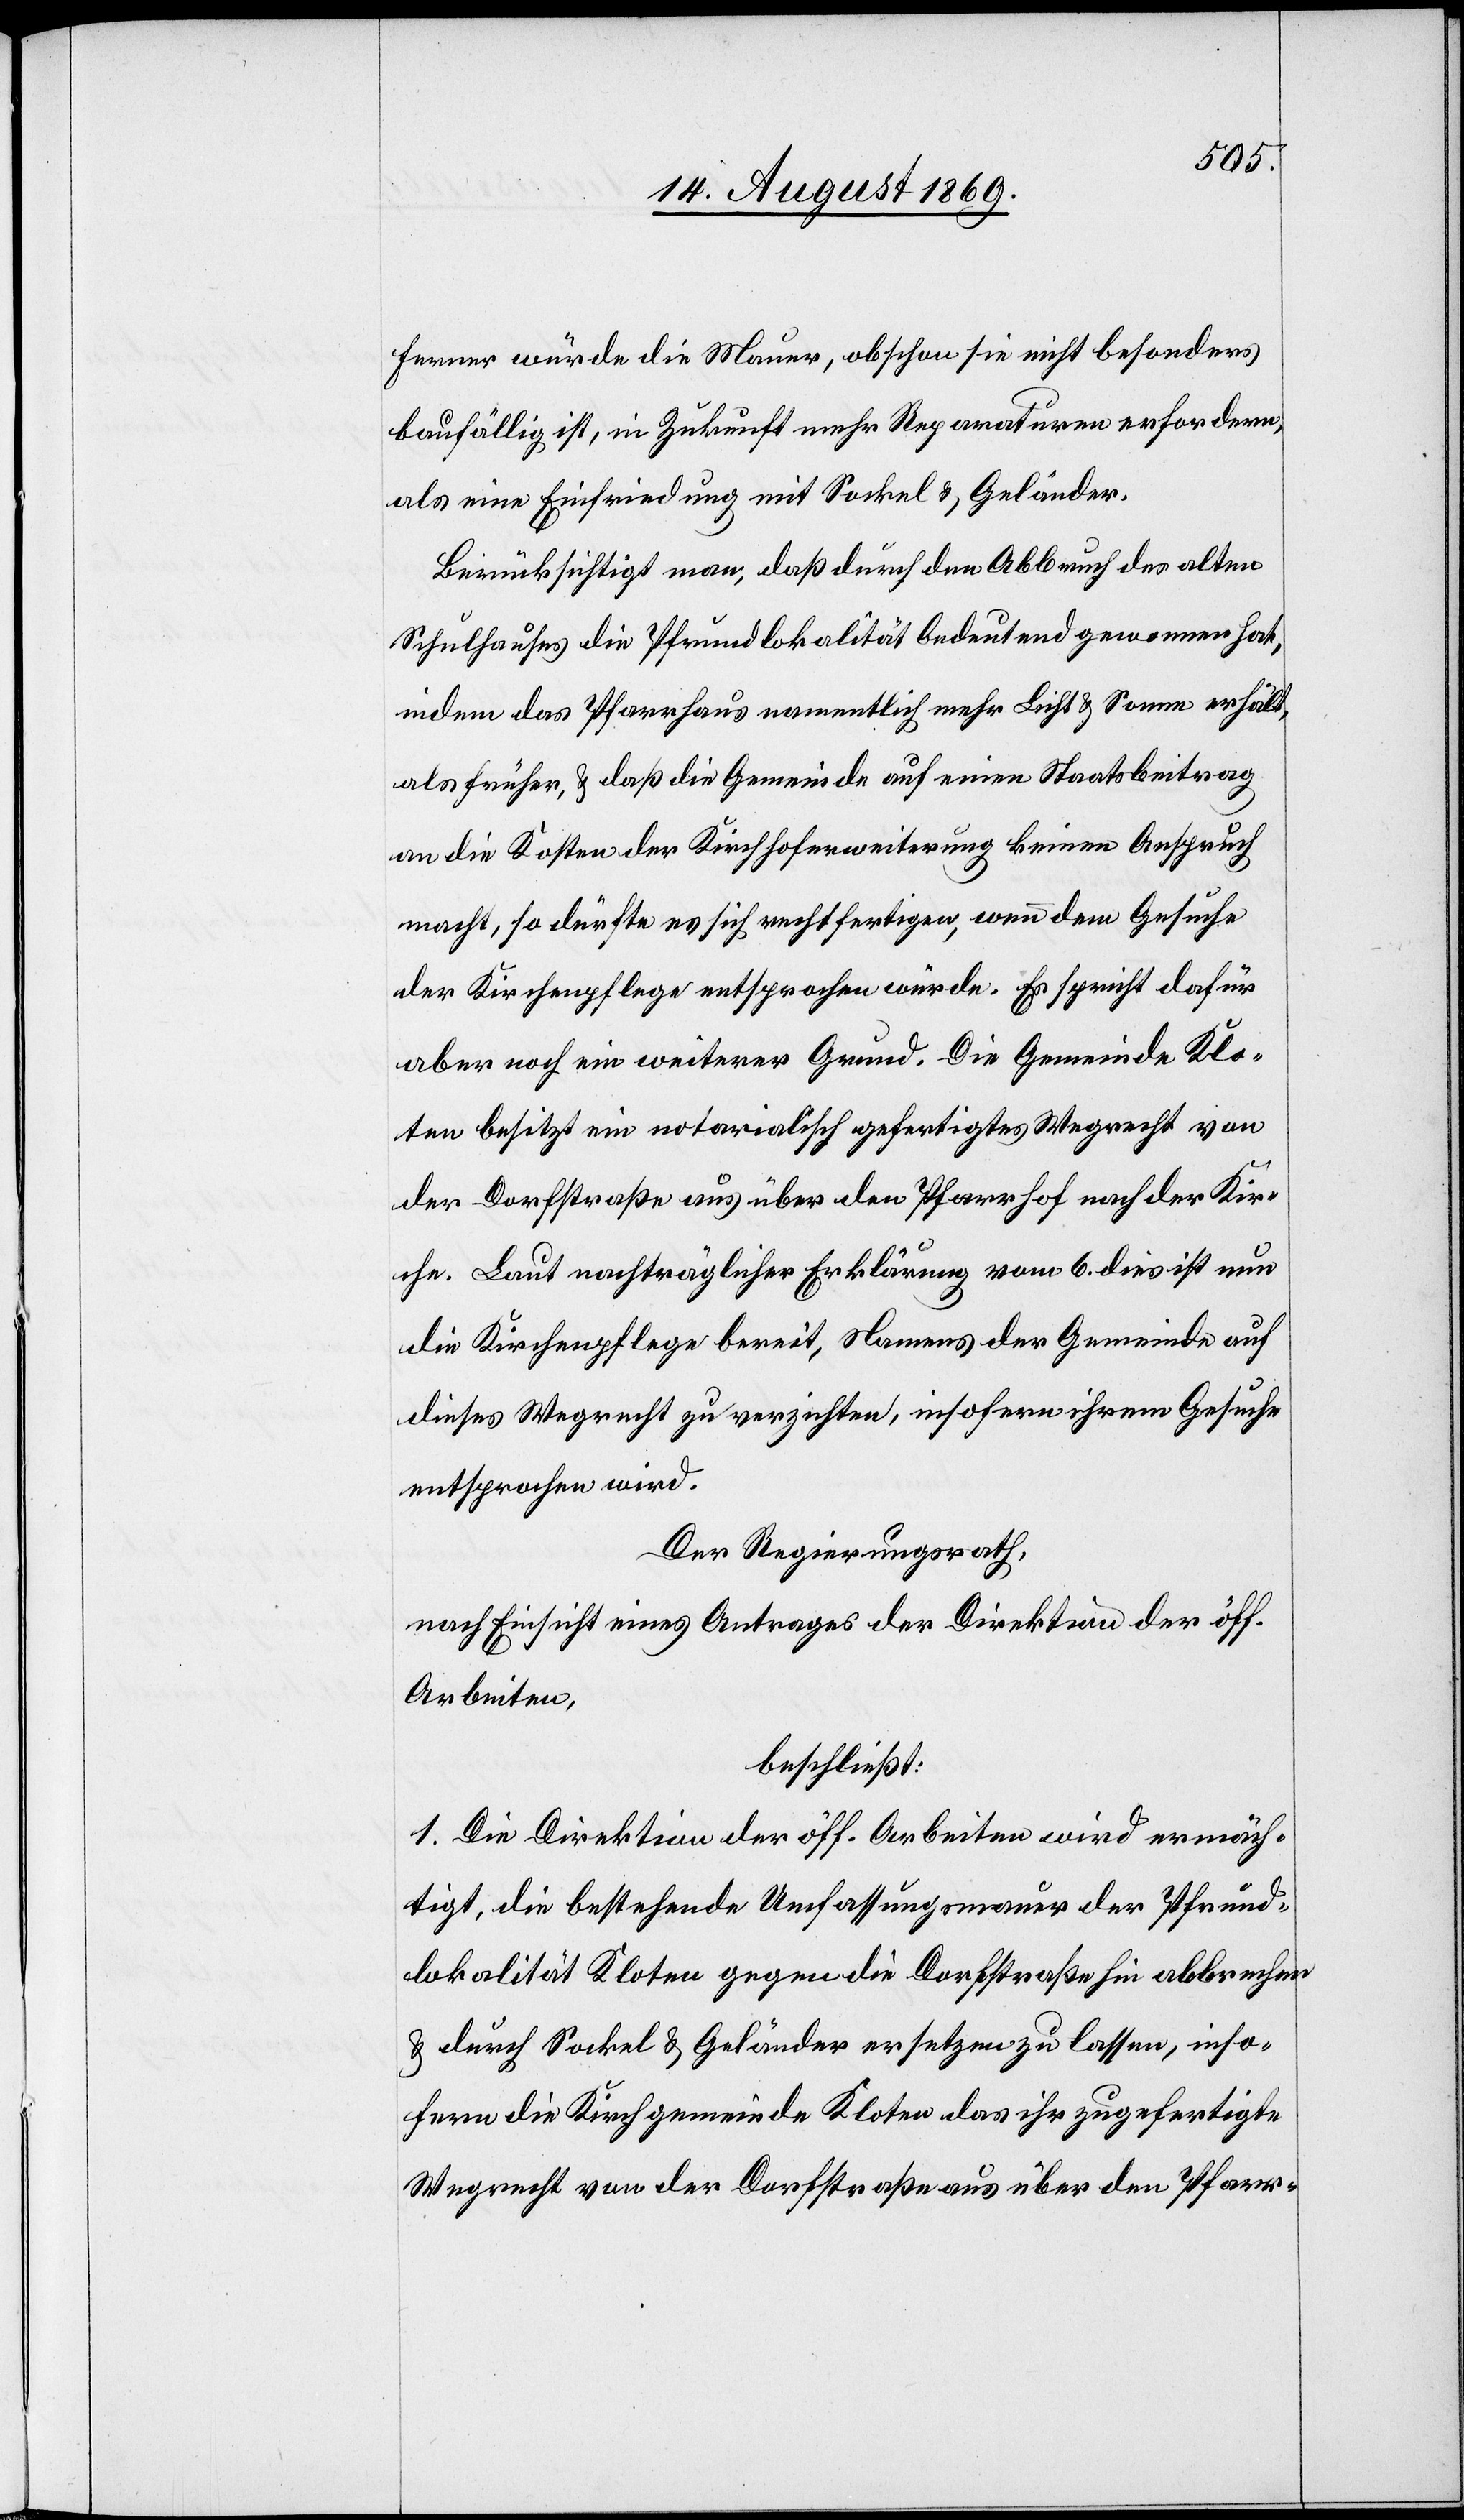
Ferner würde die Mauer, obschon sie nicht besonders
baufällig ist, in Zukunft mehr Reparaturen erfordern,
als eine Einfriedung mit Sockel & Geländer.
Berücksichtigt man, daß durch den Abbruch des alten
Schulhauses die Pfrundlokalität bedeutend gewonnen hat,
indem das Pfarrhaus namentlich mehr Licht & Sonne erhält,
als früher, & daß die Gemeinde auf einen Staatsbeitrag
an die Kosten der Kirchhoferweiterung keinen Anspruch
macht, so dürfte es sich rechtfertigen, wenn dem Gesuche
der Kirchenpflege entsprochen würde. Es spricht dafür
aber noch ein weiterer Grund. Die Gemeinde Klo¬
ten besitzt ein notarialisch gefertigtes Wegrecht von
der Dorfstraße aus über den Pfarrhof nach der Kir¬
che. Laut nachträglicher Erklärung vom 6. dies ist nun
die Kirchenpflege bereit, Namens der Gemeinde auf
dieses Wegrecht zu verzichten, insofern ihrem Gesuche
entsprochen wird.
Der Regierungsrath,
nach Einsicht eines Antrages der Direktion der öff.
Arbeiten,
beschließt:
1. Die Direktion der öffentlichen Arbeiten wird ermäch¬
tigt, die bestehende Umfassungsmauer der Pfrund¬
lokalität Kloten gegen die Dorfstraße hin abbrechen
& durch Sockel & Geländer ersetzen zu lassen, inso¬
fern die Kirchgemeinde Kloten das ihr zugefertigte
Wegrecht von der Dorfstraße aus über den Pfarr-